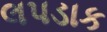
લપડાક